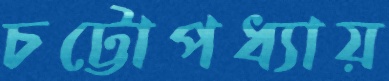
চট্টোপধ্যায়